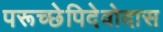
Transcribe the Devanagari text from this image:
परूच्छेपिदेवोदास